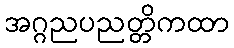
အဂ္ဂညပညတ္တိကထာ